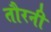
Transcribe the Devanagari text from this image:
तौरनी